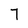
Character: 7